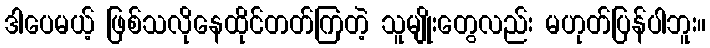
ဒါပေမယ့် ဖြစ်သလိုနေထိုင်တတ်ကြတဲ့ သူမျိုးတွေလည်း မဟုတ်ပြန်ပါဘူး။